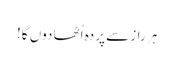
ہر راز سے پردہ اُٹھا دوں گا!